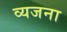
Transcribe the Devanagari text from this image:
व्यजना